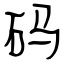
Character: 码